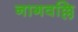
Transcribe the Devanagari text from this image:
नागवल्लि